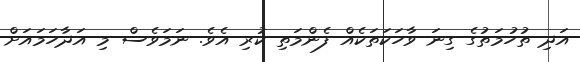
އަދި ތުހުމަތުގެ ގިނަ ވާހަކަތަކެއް ފެންމަތި ކުރި އެވެ. ނަމަވެސް މި އަދާހަމައަށް